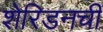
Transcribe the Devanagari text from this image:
शेरिडनची